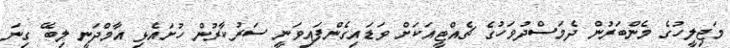
މަޖިލީހުގެ މެންބަރުން ދެމަސްދުވަހުގެ ޗެއްޓީއަކަށް ވަޑައިގެންފައިވަނީ ސަރުކާރުން ހުށައެޅި އާމްދަނީ ލިބޭ ގިނަ